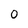
Character: 0